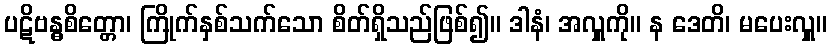
ပဋိဗန္ဓစိတ္တော၊ ကြိုက်နှစ်သက်သော စိတ်ရှိသည်ဖြစ်၍။ ဒါနံ၊ အလှူကို။ န ဒေတိ၊ မပေးလှူ။